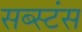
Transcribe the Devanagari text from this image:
सब्स्टंस